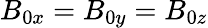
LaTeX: B_{0x}=B_{0y}=B_{0z}